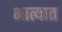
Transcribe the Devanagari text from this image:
भात्यात